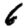
Digit: 6